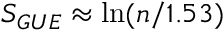
S _ { G U E } \approx \ln ( n / 1 . 5 3 )